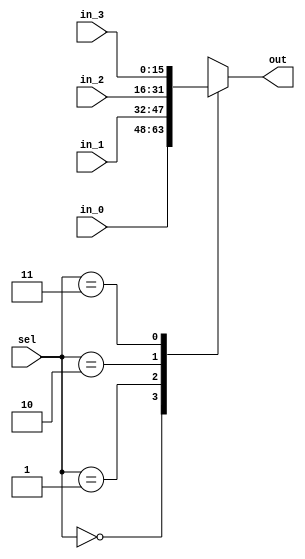
module mux_4_to_1 #(
    parameter integer LENGTH = 16
)(
    input  [LENGTH-1:0] in_0,
    input  [LENGTH-1:0] in_1,
    input  [LENGTH-1:0] in_2,
    input  [LENGTH-1:0] in_3,
    input  [1:0] sel,
    output reg [LENGTH-1:0] out
);

always @(*) begin
    case(sel)
        2'd0:    out = in_0;
        2'd1:    out = in_1;
        2'd2:    out = in_2;
        2'd3:    out = in_3;
        default: out = in_0;
    endcase
end

endmodule